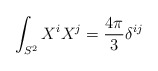
\begin{align*}\int_{S^2} X^i X^j = \frac{4\pi}{3}\delta^{ij}\end{align*}